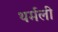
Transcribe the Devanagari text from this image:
थर्मली